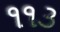
૧૧૩